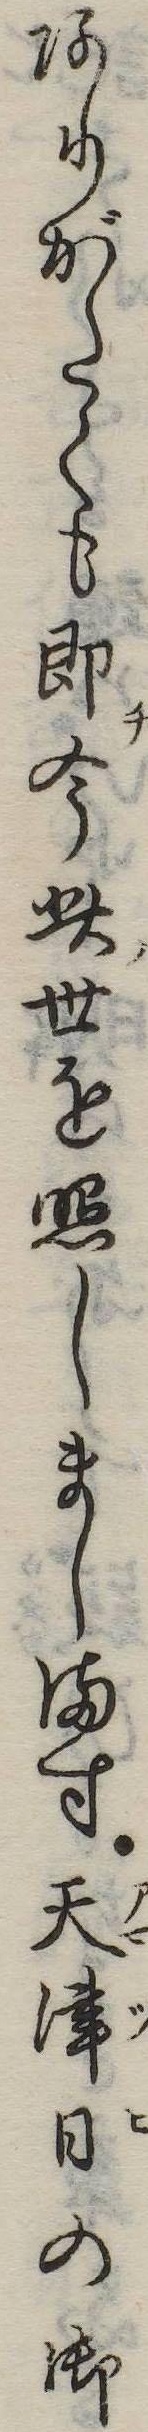
ありがたくも即今此世を照しまします天津日の御